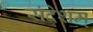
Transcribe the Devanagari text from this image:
संदेशम्